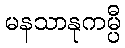
မနသာနုကမ္ပီ